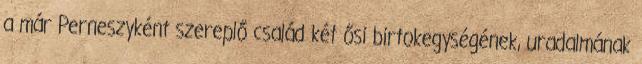
a már Perneszyként szereplő család két ősi birtokegységének, uradalmának